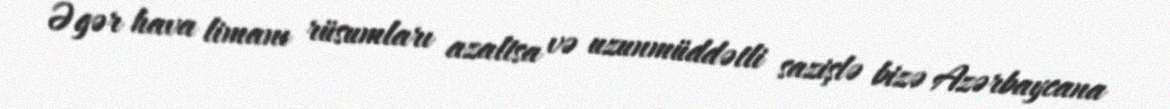
Əgər hava limanı rüsumları azaltsa və uzunmüddətli sazişlə bizə Azərbaycana